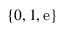
\{ 0 , 1 , { \mathrm { e } } \}